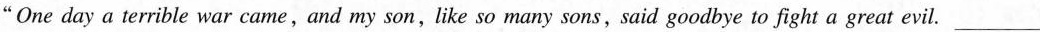
"One day a terrible war came, and my son, like so many sons, said goodbye to fight a great evil. ___